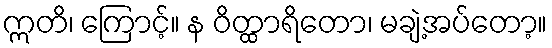
ဣတိ၊ ကြောင့်။ န ဝိတ္ထာရိတော၊ မချဲ့အပ်တော့။